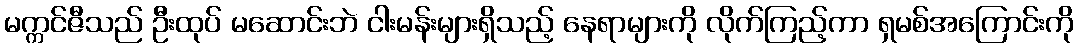
မက္ကင်ဇီသည် ဦးထုပ် မဆောင်းဘဲ ငါးမန်းများရှိသည့် နေရာများကို လိုက်ကြည့်ကာ ရှမစ်အကြောင်းကို